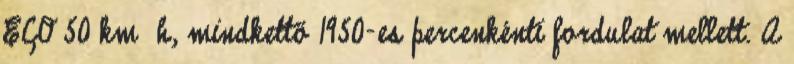
ECO 50 km h, mindkettő 1950-es percenkénti fordulat mellett. A